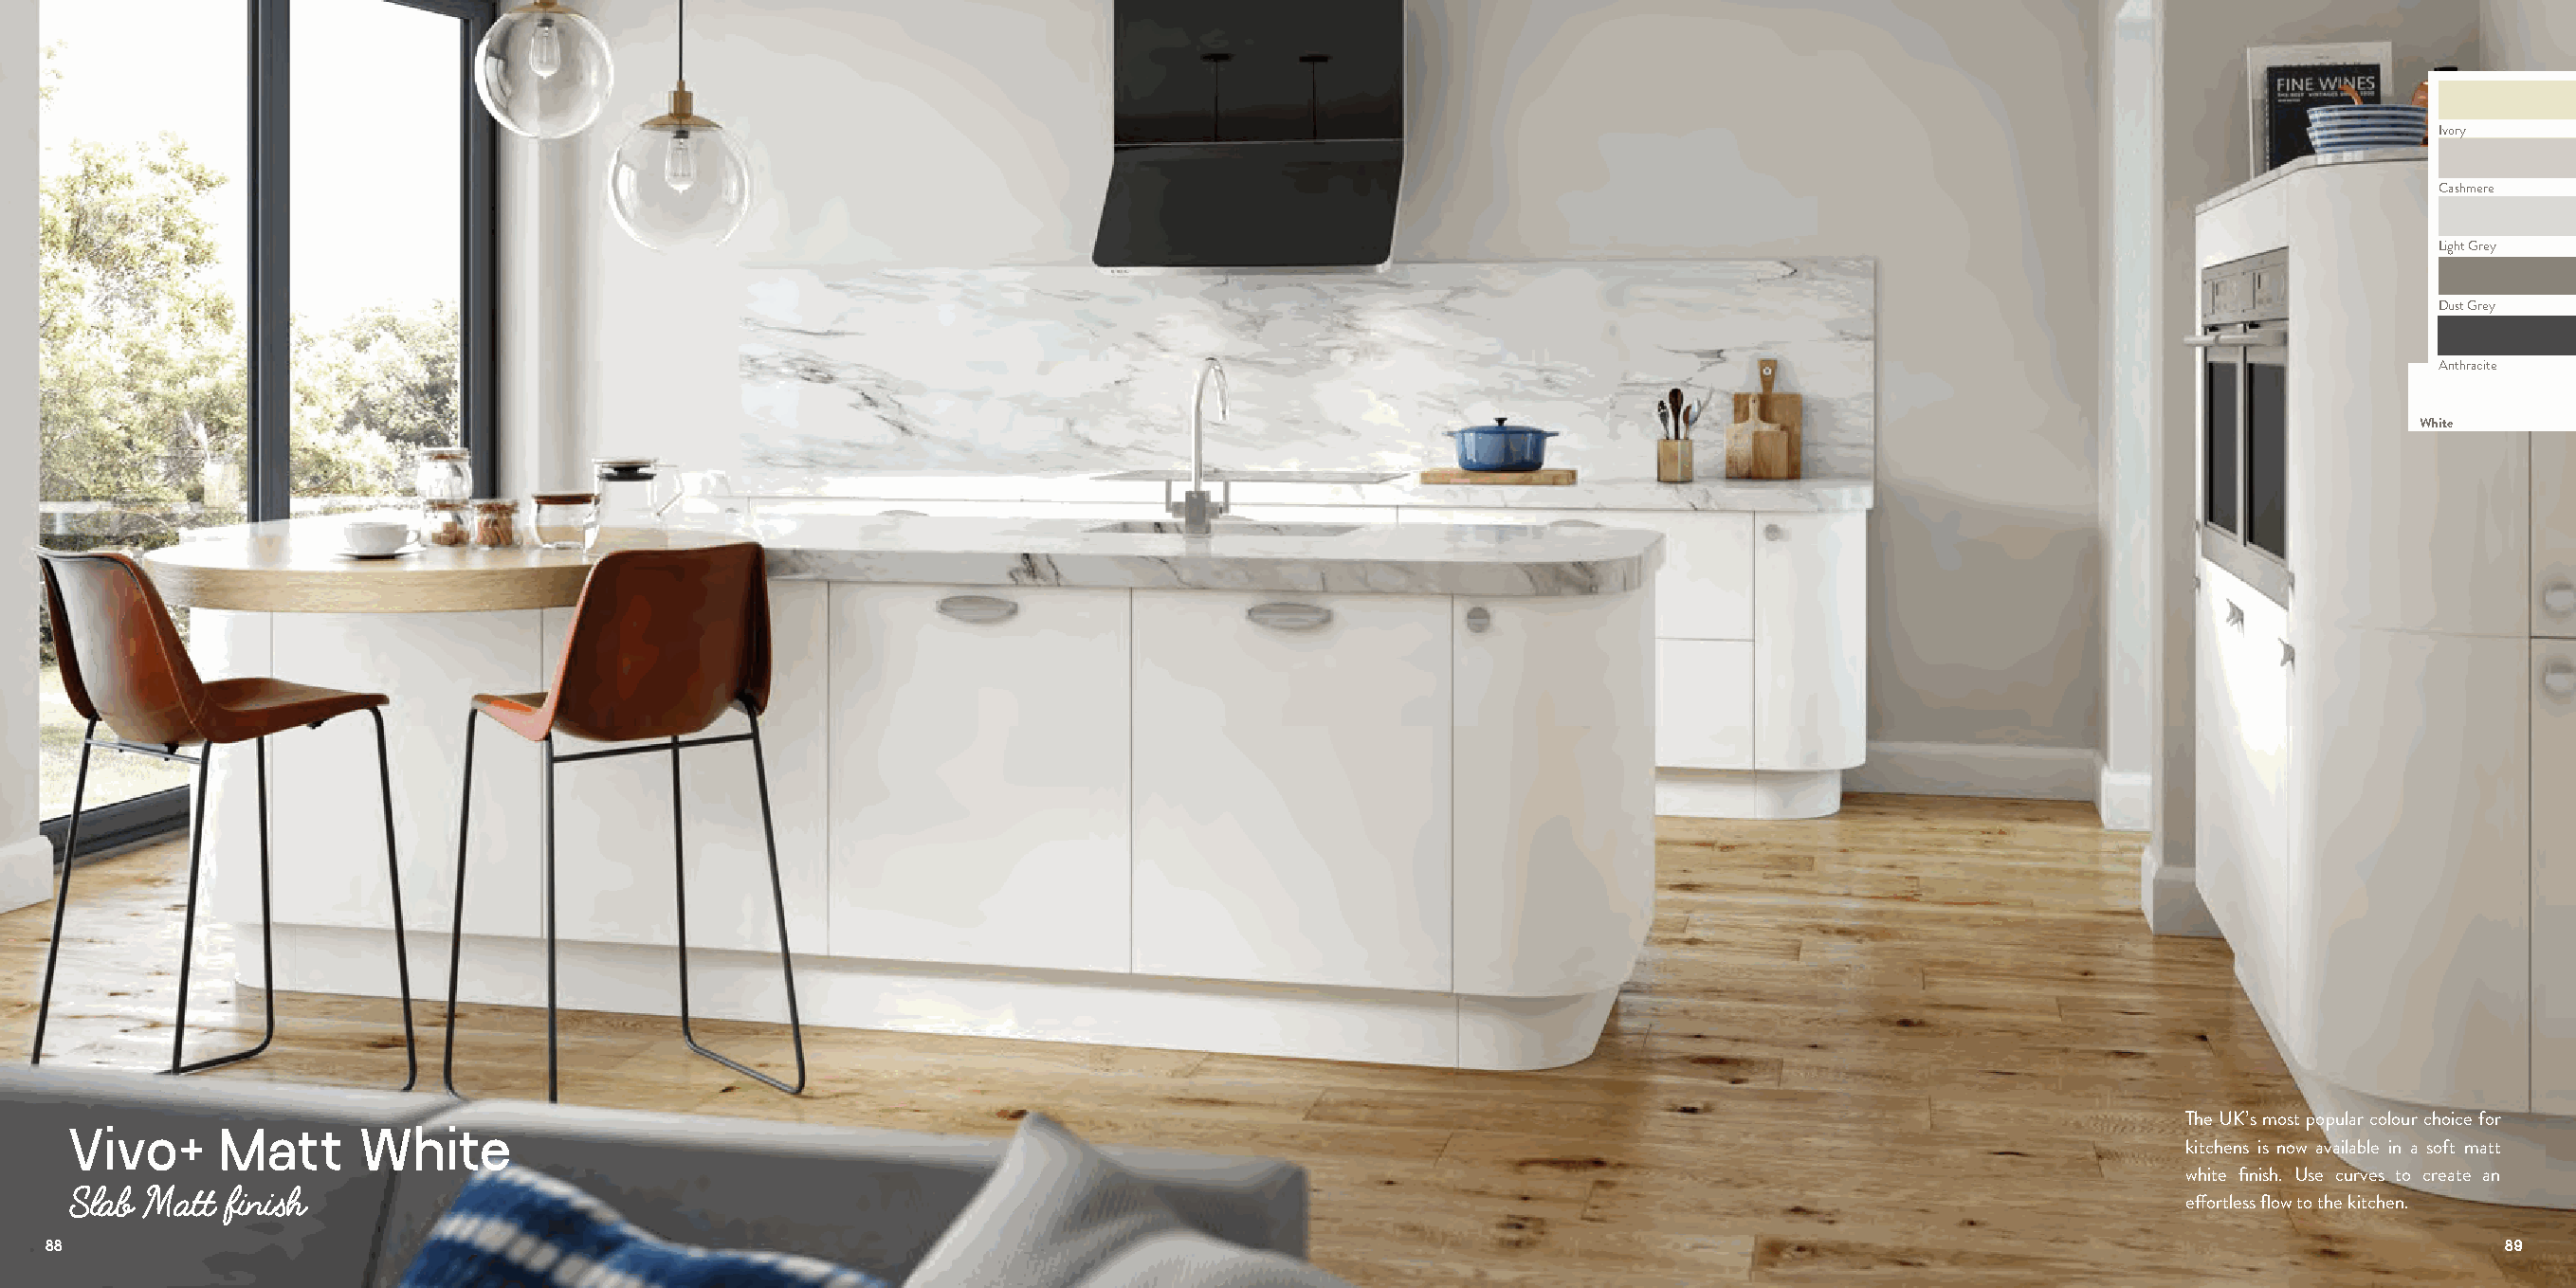
Ivory
 Cashmere
 Light Grey
 Dust Grey
 Anthracite
 White
 The UK’s most popular colour choice for
 Vivo+      Matt     White
 kitchens is now available in a soft matt
 white finish. Use curves to create an
 Slab Matt  finish
 effortless flow to the kitchen.
 88                                                                                                                                                                          89